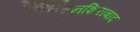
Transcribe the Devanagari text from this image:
नशिराबाद